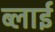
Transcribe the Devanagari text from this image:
ब्लाई